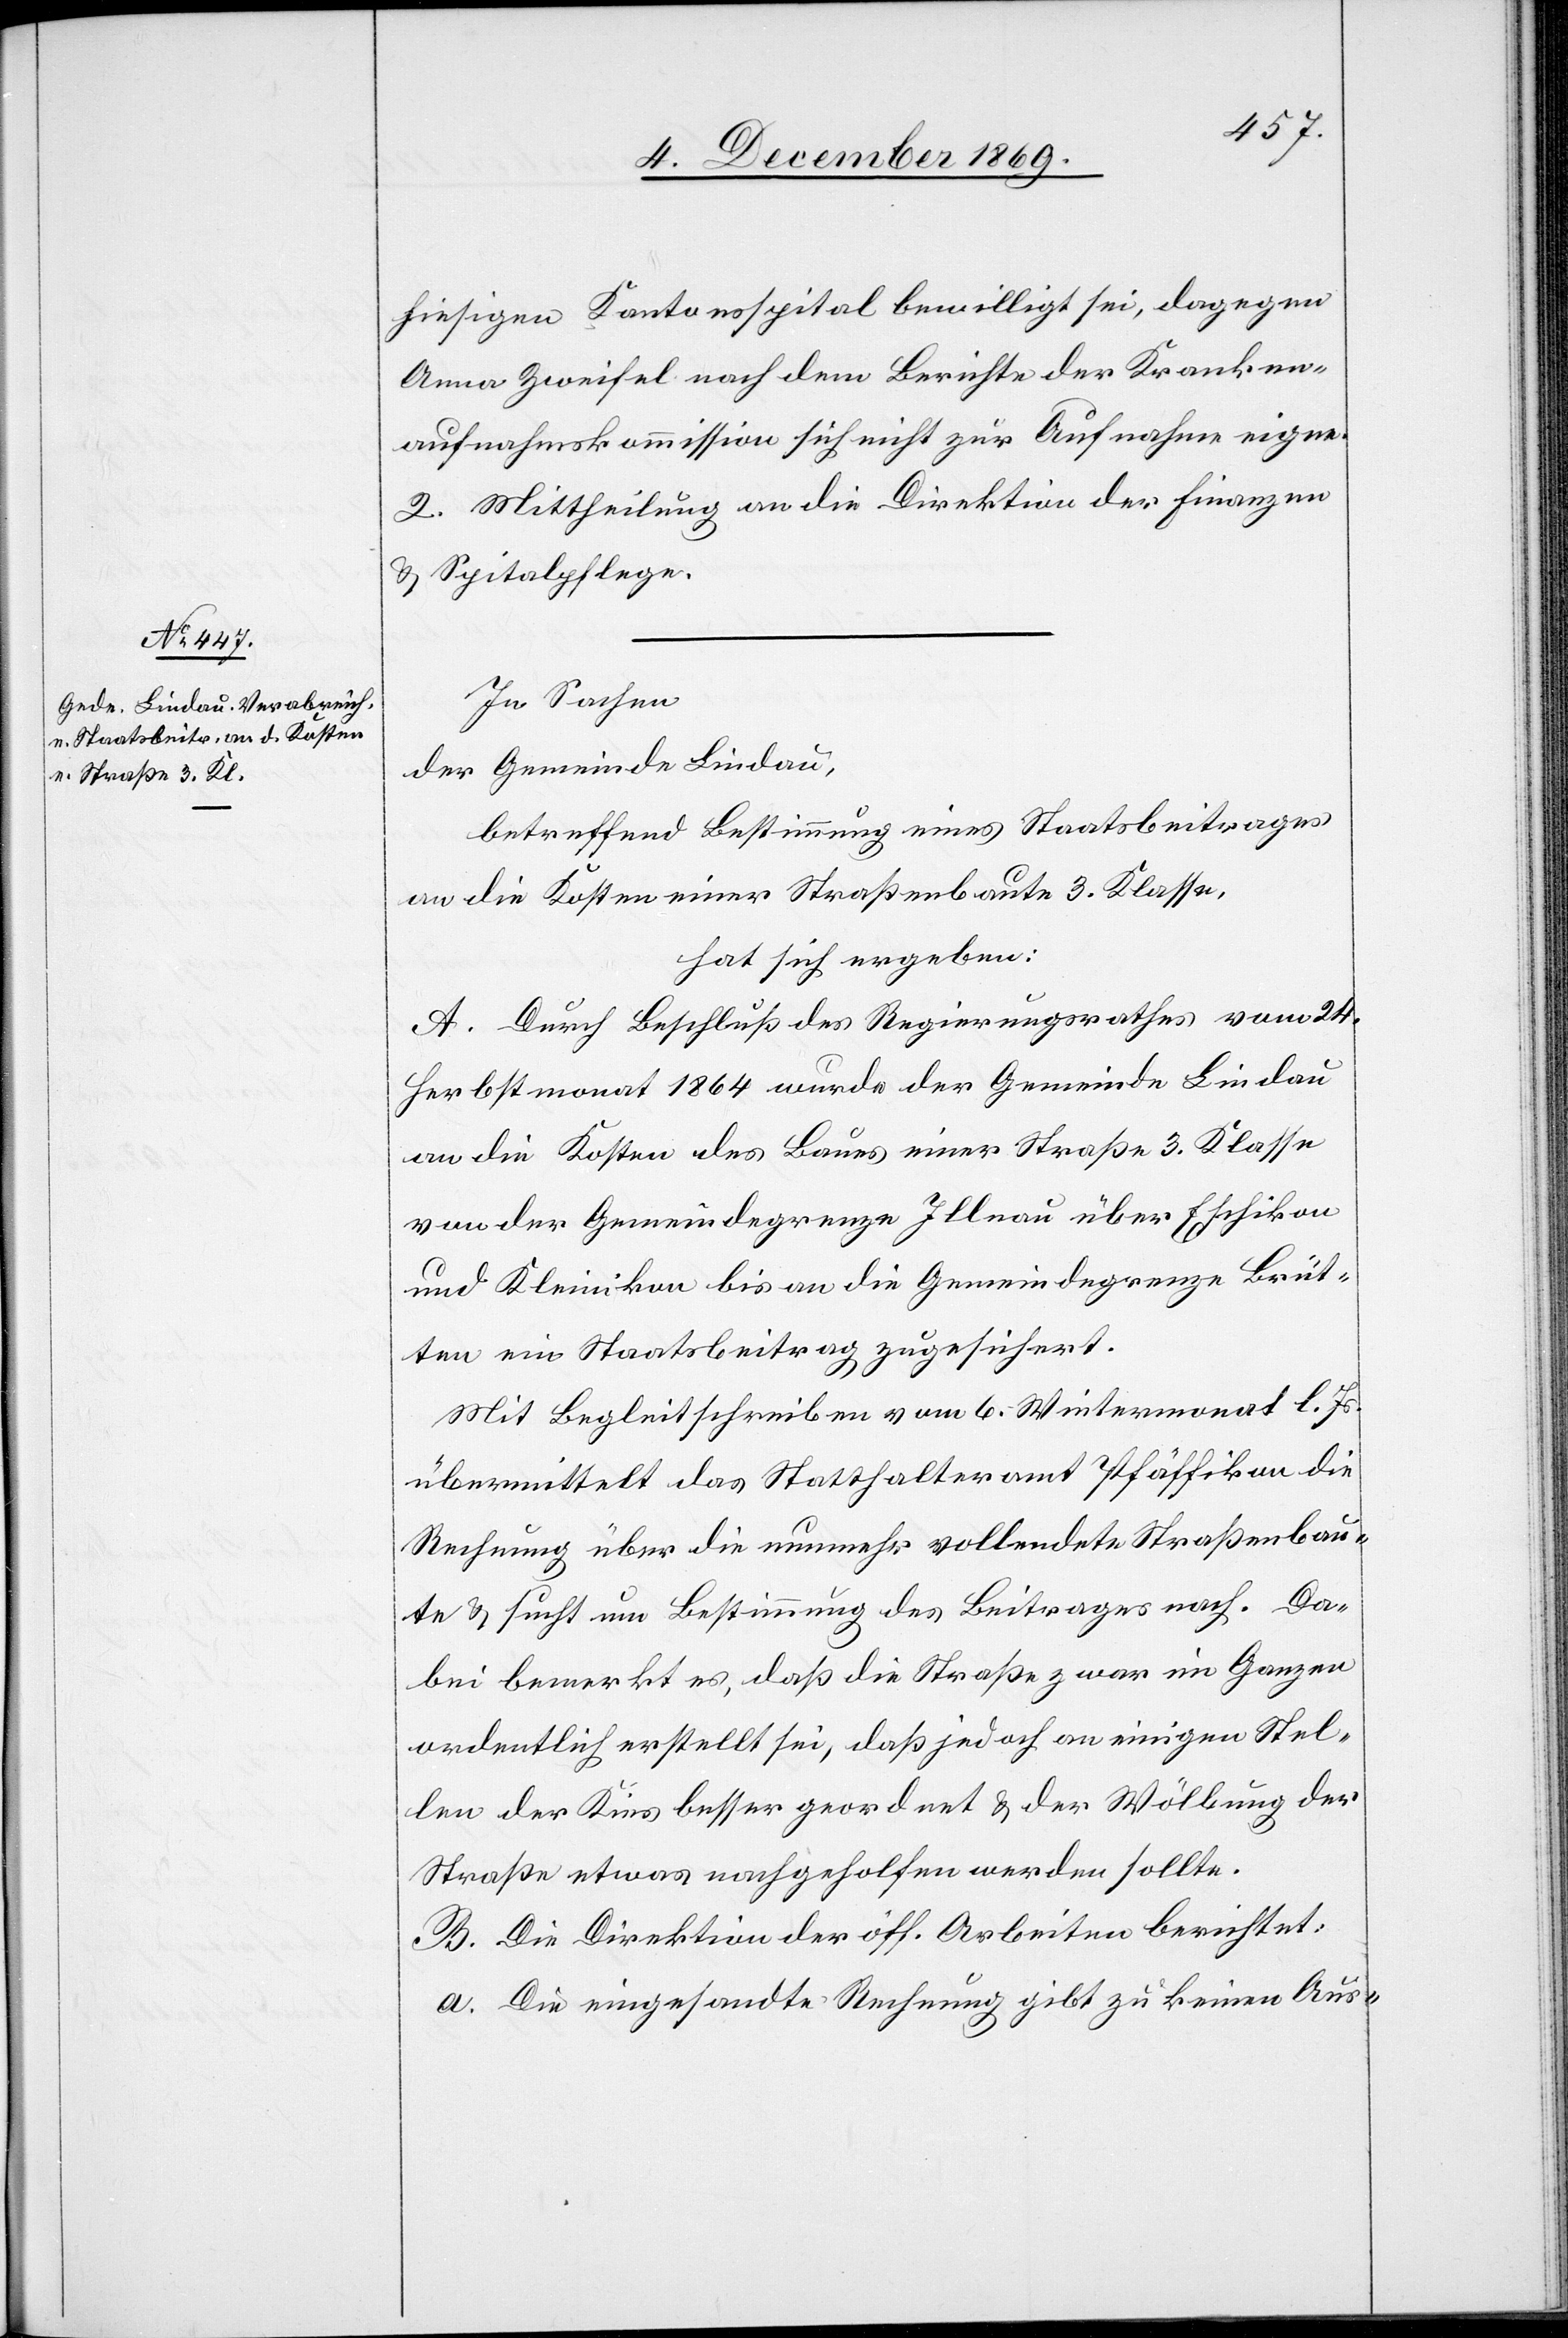
hiesigen Kantonsspital bewilligt sei, dagegen
Anna Zweifel nach dem Berichte der Kranken¬
aufnahmskommission sich nicht zur Aufnahme eigne.
2. Mittheilung an die Direktion der Finanzen
& Spitalpflege.
In Sachen
der Gemeinde Lindau,
betreffend Bestimmung eines Staatsbeitrages
an die Kosten einer Straßenbaute 3. Klasse,
hat sich ergeben:
A. Durch Beschluß des Regierungsrathes vom 24.
Herbstmonat 1864 wurde der Gemeinde Lindau
an die Kosten des Baues einer Straße 3. Klasse
von der Gemeindegrenze Illnau über Eschikon
und Kleinikon bis an die Gemeindegrenze Brüt¬
ten ein Staatsbeitrag zugesichert.
Mit Begleitschreiben vom 6. Wintermonat l. Js.
übermittelt das Statthalteramt Pfäffikon die
Rechnung über die nunmehr vollendete Straßenbau¬
te & sucht um Bestimmung des Beitrages nach. Da¬
bei bemerkt es, daß die Straße zwar im Ganzen
ordentlich erstellt sei, daß jedoch an einigen Stel¬
len der Kies besser geordnet & der Wölbung der
Straße etwas nachgeholfen werden sollte.
B. Die Direktion der öff. Arbeiten berichtet:
a. Die eingesandte Rechnung gibt zu keinen Aus-